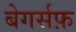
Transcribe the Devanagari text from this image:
बेगर्सफ़